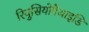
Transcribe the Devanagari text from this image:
रियुसियोपैथाइडि